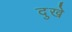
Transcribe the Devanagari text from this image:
दुखे